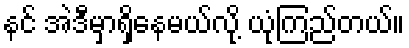
နင် အဲဒီမှာရှိနေမယ်လို့ ယုံကြည်တယ်။